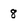
Character: 8